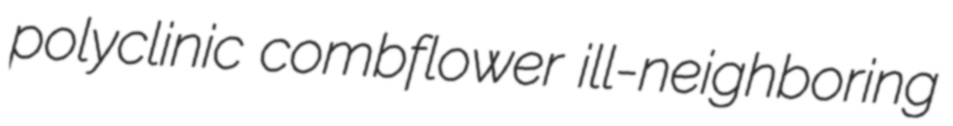
polyclinic combflower ill-neighboring